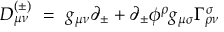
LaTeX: D _ { \mu \nu } ^ { ( \pm ) } ~ = ~ g _ { \mu \nu } \partial _ { \pm } + \partial _ { \pm } \phi ^ { \rho } g _ { \mu \sigma } \Gamma _ { \rho \nu } ^ { \sigma }